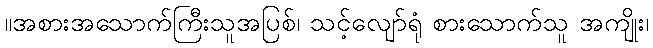
။အစားအသောက်ကြီးသူအပြစ်၊ သင့်လျော်ရုံ စားသောက်သူ အကျိုး၊